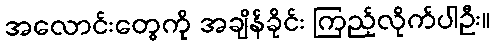
အလောင်းတွေကို အချိန်ခိုင်း ကြည့်လိုက်ပါဦး။